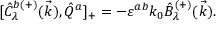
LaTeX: { [ } \hat { C } _ { \lambda } ^ { b ( + ) } ( \vec { k } ) , \hat { Q } ^ { a } ] _ { + } = - \varepsilon ^ { a b } k _ { 0 } \hat { B } _ { \lambda } ^ { ( + ) } ( \vec { k } ) .